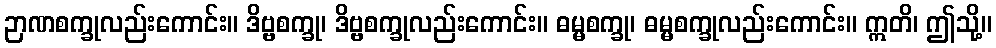
ဉာဏစက္ခုလည်းကောင်း။ ဒိဗ္ဗစက္ခု၊ ဒိဗ္ဗစက္ခုလည်းကောင်း။ ဓမ္မစက္ခု၊ ဓမ္မစက္ခုလည်းကောင်း။ ဣတိ၊ ဤသို့။